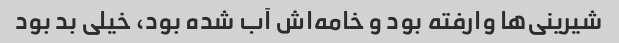
شیرینی‌ها وارفته بود و خامه‌اش آب شده بود، خیلی بد بود